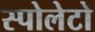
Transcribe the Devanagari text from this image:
स्पोलेटो